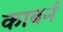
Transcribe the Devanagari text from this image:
काबर्न